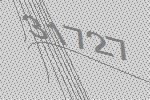
31727